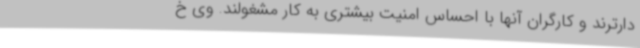
دارترند و کارگران آنها با احساس امنیت بیشتری به کار مشغولند. وی خ